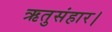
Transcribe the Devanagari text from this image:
ऋतुसंहार।